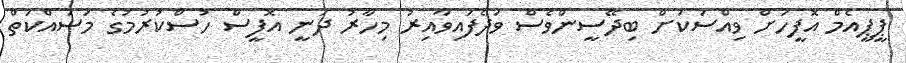
ޕީޕީއެމް އޮފީހަށް ވިއްސަކަށް ބިދޭސީންވެސް ވަދެފައިވާއިރު މިހާރު ދަނީ އޮފީސް ހުސްކުރުމުގެ މަސައްކަތް